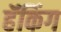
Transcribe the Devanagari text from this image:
हॅकिंग